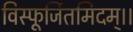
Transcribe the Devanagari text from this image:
विस्फूर्जितमिदम्।।